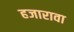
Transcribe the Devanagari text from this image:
हजारावा